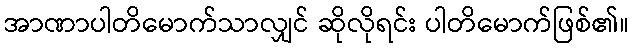
အာဏာပါတိမောက်သာလျှင် ဆိုလိုရင်း ပါတိမောက်ဖြစ်၏။